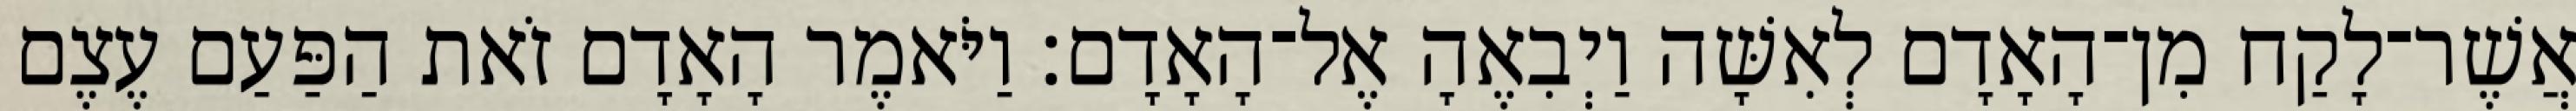
אֲשֶׁר־לָקַח מִן־הָאָדָם לְאִשָּׁה וַיְבִאֶהָ אֶל־הָאָדָם׃ וַיֹּאמֶר הָאָדָם זֹאת הַפַּעַם עֶצֶם